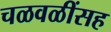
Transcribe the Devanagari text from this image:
चळवळींसह